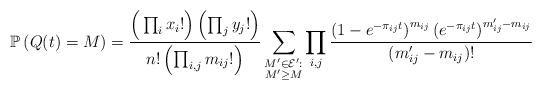
LaTeX: \begin{align*}\mathbb{P}\left(Q(t) = M\right) = \frac{\Big(\prod_{i} x_i!\Big)\left(\prod_{j} y_j!\right)}{n!\left(\prod_{i,j}m_{ij}!\right)}\sum_{\substack{M'\in\mathcal{E}':\\M'\ge M}}\prod_{i,j}\frac{\left(1-e^{-\pi_{ij}t}\right)^{m_{ij}}\left(e^{-\pi_{ij}t}\right)^{m'_{ij}-m_{ij}}}{(m'_{ij} - m_{ij})!}\end{align*}